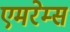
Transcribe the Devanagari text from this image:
एमरेम्स